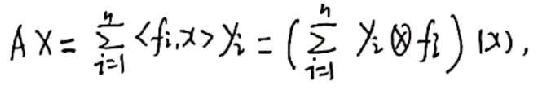
\[
A X=\sum_{i = 1}^{n}\langle f_{i}, x\rangle \chi_{i}=\left(\sum_{i = 1}^{n}\chi_{i}\otimes f_{i}\right)(x),
\]